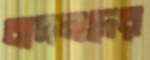
বাদলদের